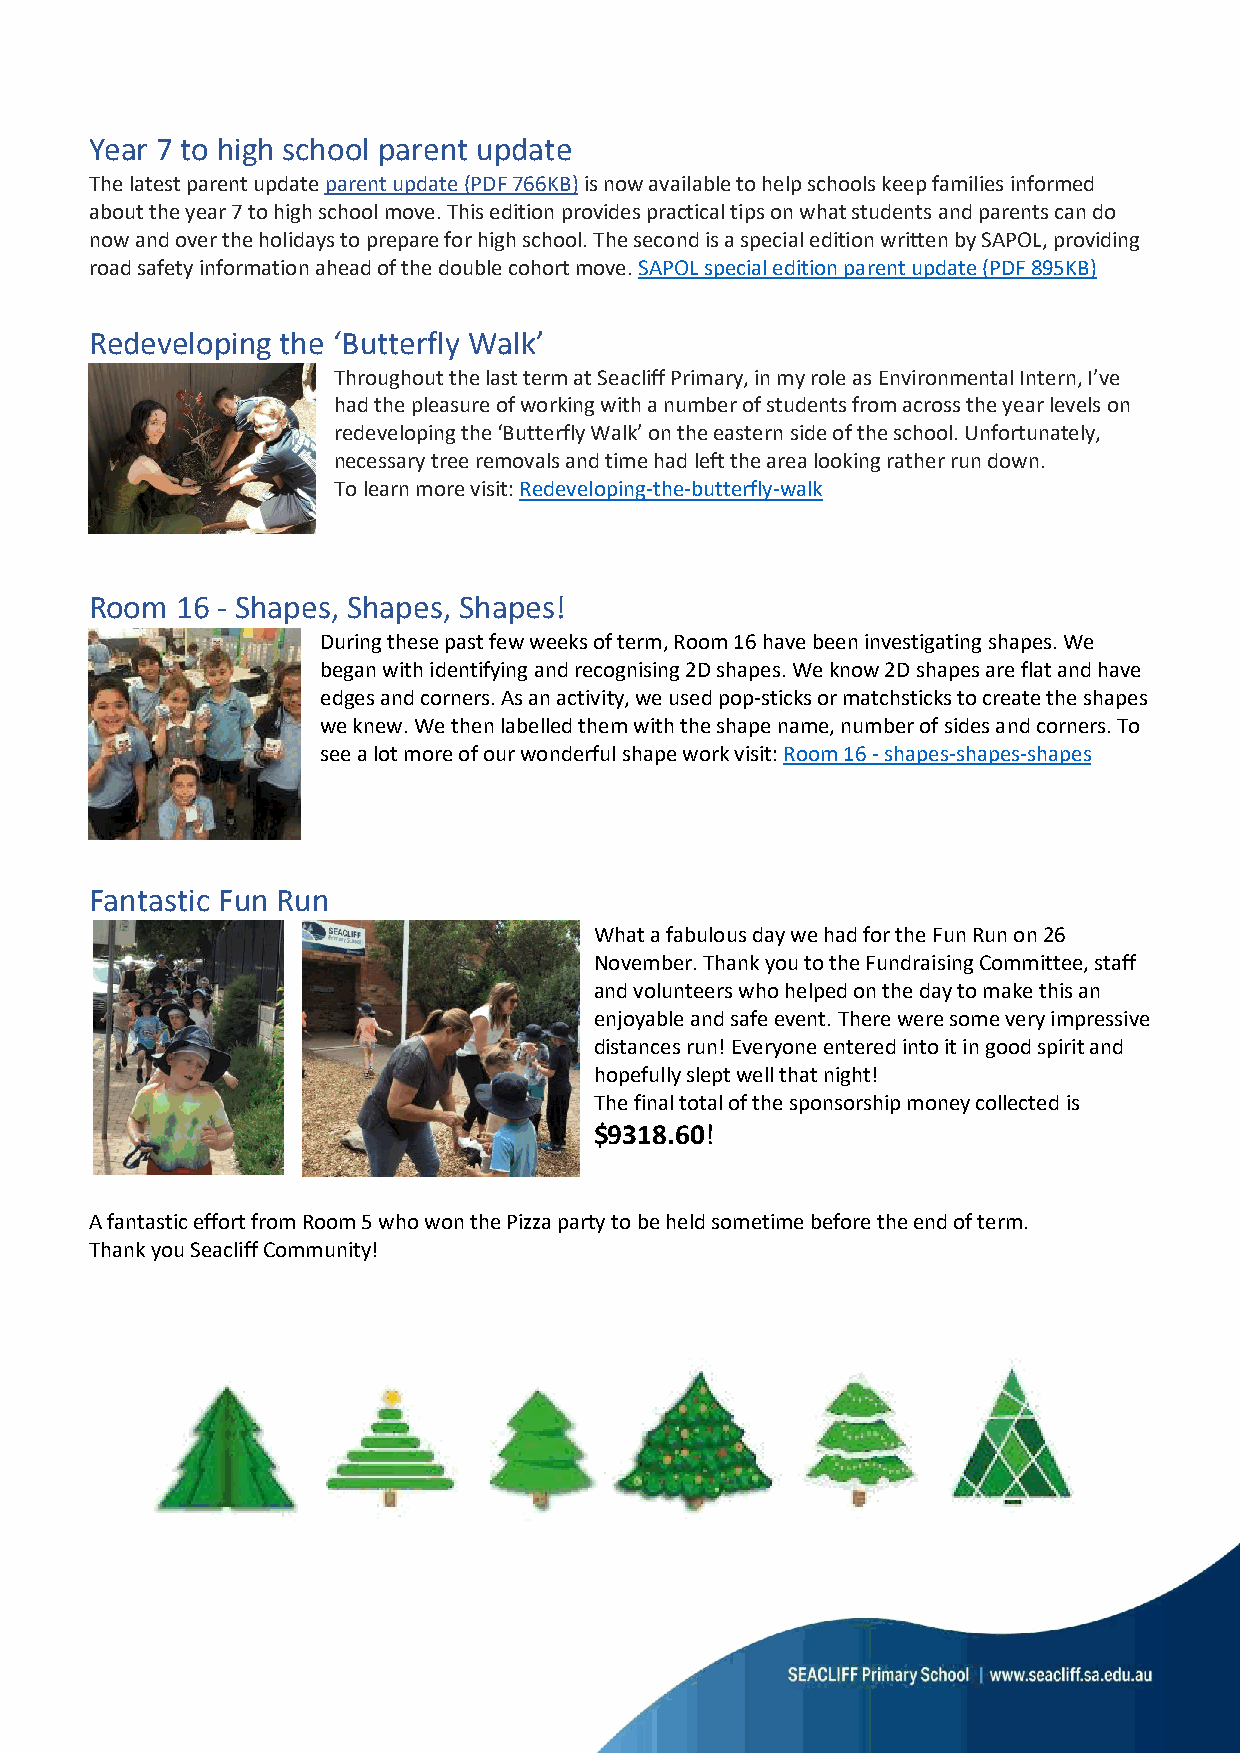
Year 7 to high school parent update
 The latest parent update parent update (PDF 766KB) is now available to help schools keep families informed
 about the year 7 to high school move. This edition provides practical tips on what students and parents can do
 now and over the holidays to prepare for high school. The second is a special edition written by SAPOL, providing
 road safety information ahead of the double cohort move. SAPOL special edition parent update (PDF 895KB)
 Redeveloping the ‘Butterfly Walk’
 Throughout the last term at Seacliff Primary, in my role as Environmental Intern, I’ve
 had the pleasure of working with a number of students from across the year levels on
 redeveloping the ‘Butterfly Walk’ on the eastern side of the school. Unfortunately,
 necessary tree removals and time had left the area looking rather run down.
 To learn more visit: Redeveloping-the-butterfly-walk
 Room  16 - Shapes, Shapes, Shapes!
 During these past few weeks of term, Room 16 have been investigating shapes. We
 began with identifying and recognising 2D shapes. We know 2D shapes are flat and have
 edges and corners. As an activity, we used pop-sticks or matchsticks to create the shapes
 we knew. We then labelled them with the shape name, number of sides and corners. To
 see a lot more of our wonderful shape work visit: Room 16 - shapes-shapes-shapes
 Fantastic Fun Run
 What a fabulous day we had for the Fun Run on 26
 November. Thank you to the Fundraising Committee, staff
 and volunteers who helped on the day to make this an
 enjoyable and safe event. There were some very impressive
 distances run! Everyone entered into it in good spirit and
 hopefully slept well that night!
 The final total of the sponsorship money collected is
 $9318.60!
 A fantastic effort from Room 5 who won the Pizza party to be held sometime before the end of term.
 Thank you Seacliff Community!